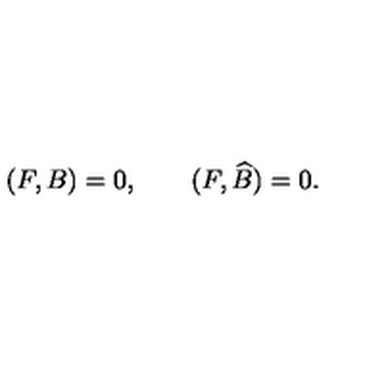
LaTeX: ( F , B ) = 0 , \qquad ( F , \widehat { B } ) = 0 .